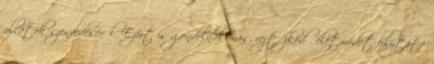
állatok szenvedéséről. Ezért is gondolnak más, rejtőzködő életmódot folytató